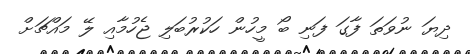
ދިޔަ ނުވަތަ ފާގަ ފަނި ބޯ މީހުން ހަކުރުބަލި ޖެހުމާއި ލޭ މައްޗަށް